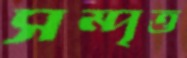
সম্পৃত্ত